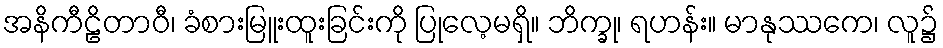
အနိကီဠိတာဝီ၊ ခံစားမြူးထူးခြင်းကို ပြုလေ့မရှိ။ ဘိက္ခု၊ ရဟန်း။ မာနုဿကေ၊ လူ၌